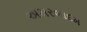
અમરબાદમ